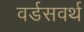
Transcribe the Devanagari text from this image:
वर्डसवर्थ